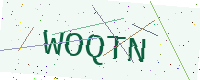
Text: WOQTN